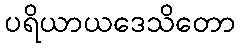
ပရိယာယဒေသိတော